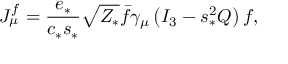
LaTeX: J _ { \mu } ^ { f } = { \frac { e _ { * } } { c _ { * } s _ { * } } } \sqrt { Z _ { * } } { \bar { f } } \gamma _ { \mu } \left( I _ { 3 } - s _ { * } ^ { 2 } Q \right) f ,